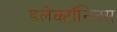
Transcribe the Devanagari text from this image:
इलेक्टॉनिक्स